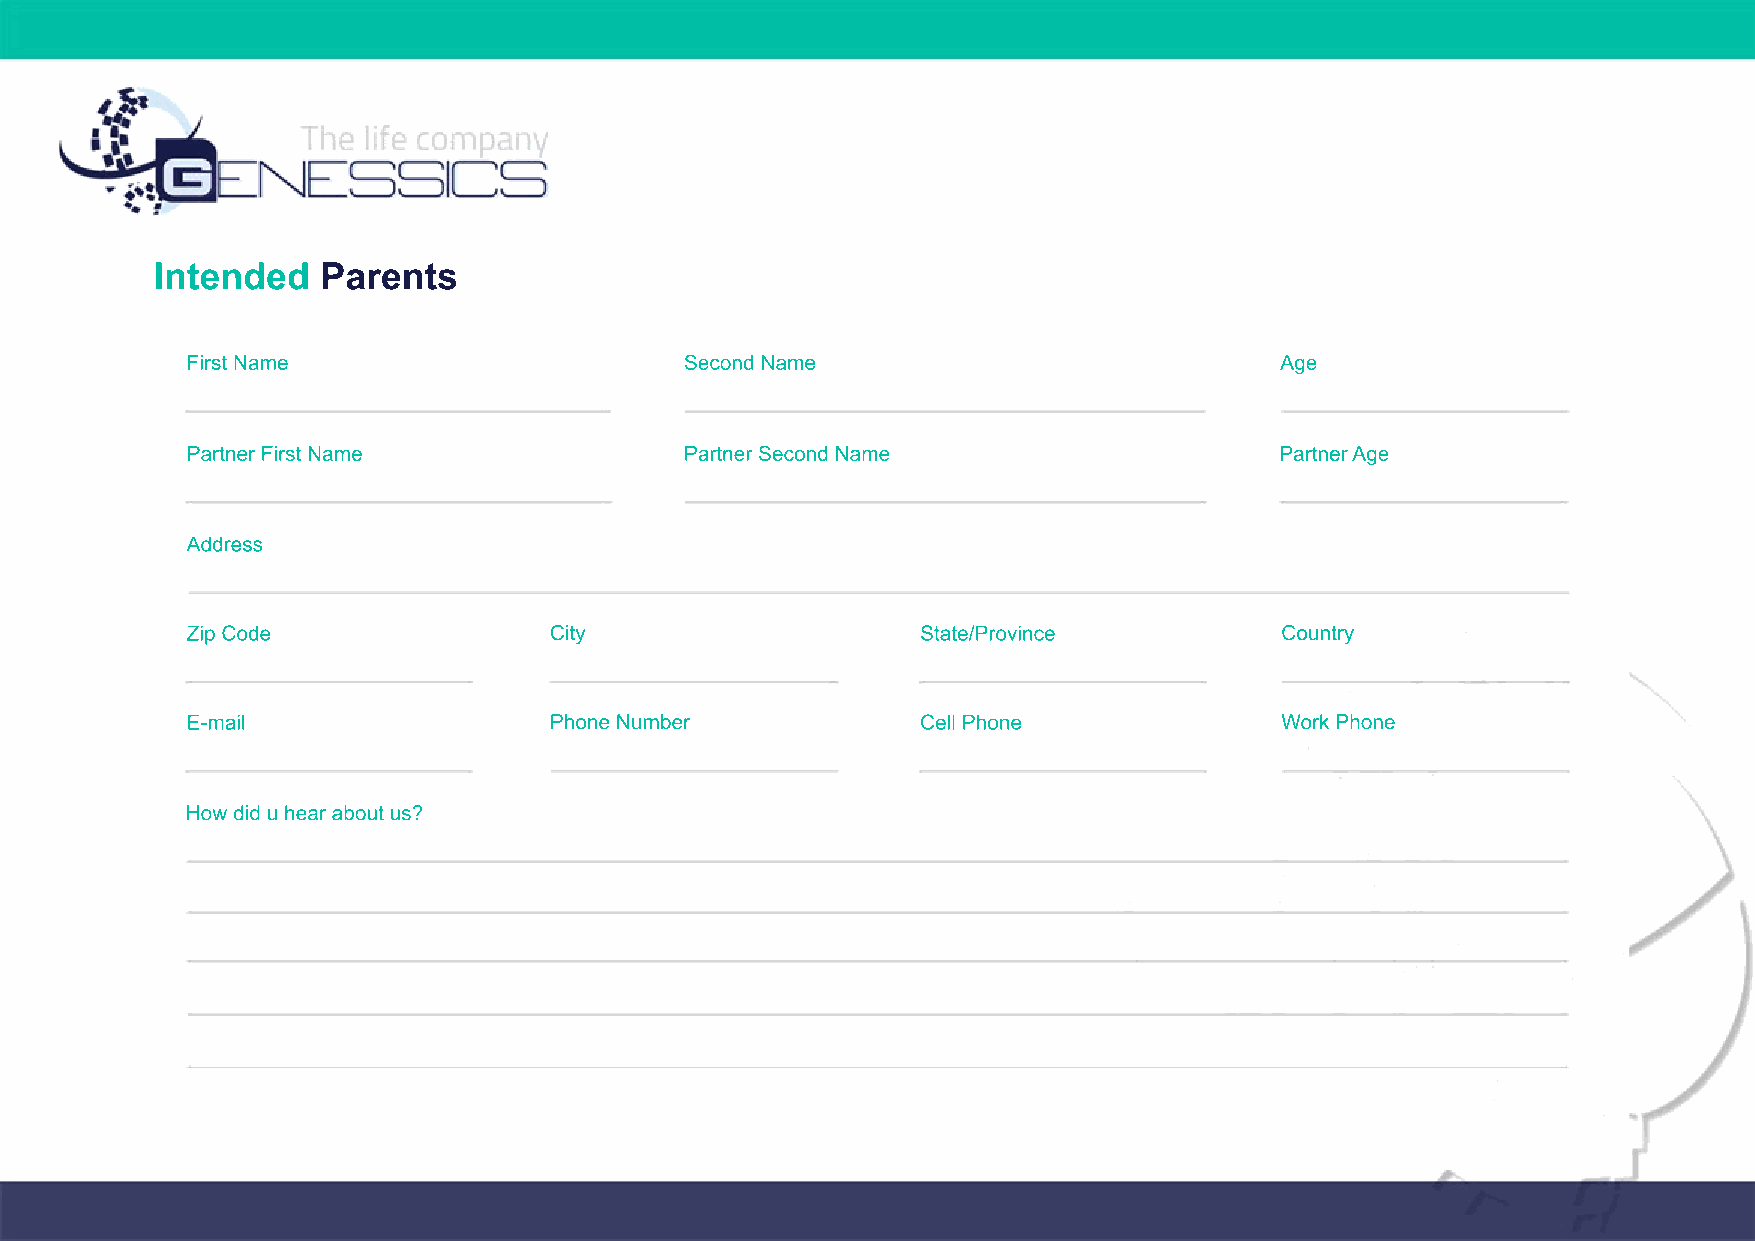
Intended   Parents
 First Name                       Second Name                             Age
 Partner First Name               Partner Second Name                     Partner Age
 Address
 Zip Code                City                     State/Province          Country
 E-mail                  Phone Number             Cell Phone              Work Phone
 How did u hear about us?